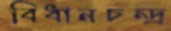
বিধানচন্দ্র